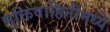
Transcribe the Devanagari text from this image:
मुक्तिवाहिनीमध्ये